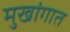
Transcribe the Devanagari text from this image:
मुखांगात